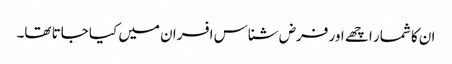
ان کا شمار اچھے اور فرض شناس افسران میں کیا جاتا تھا۔